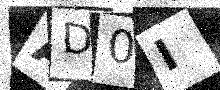
Text: AD0I